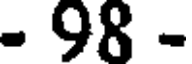
- 98 -